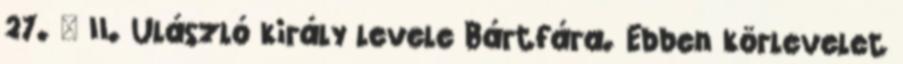
27. – II. Ulászló király levele Bártfára. Ebben körlevelet